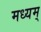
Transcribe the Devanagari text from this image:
मध्यम्